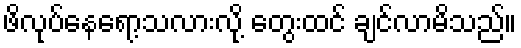
ဖိလုပ်နေရော့သလားလို့ တွေးထင် ချင်လာမိသည်။